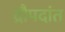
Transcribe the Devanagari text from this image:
द्रौपदांत